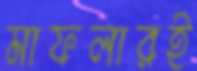
মাফলারই